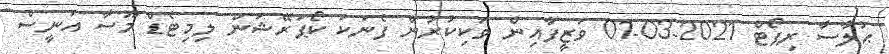
ޙުލާސާ ރިޕޯޓް 2021-03-01 ވަޒީފާއިން ވަކިކުރުން ފެނަކަ ކޯޕަރޭޝަން ލިމިޓެޑް މޫސާ އަނީސް